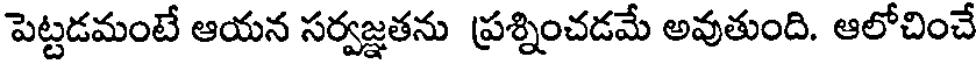
పెట్టడమంటే ఆయన సర్వజ్ఞతను ప్రశ్నించడమే అవుతుంది. ఆలోచించే